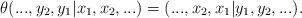
LaTeX: \begin{align*} \theta(...,y_2,y_1|x_1,x_2,...)= (...,x_2,x_1|y_1,y_2,...). \end{align*}